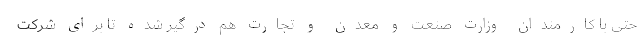
حتی با کارمندان وزارت صنعت و معدن و تجارت هم درگیر شده تا برای شرکت